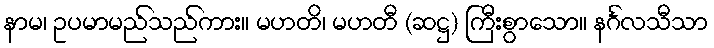
နာမ၊ ဥပမာမည်သည်ကား။ မဟတိ၊ မဟတီ (ဆဋ္ဌ) ကြီးစွာသော။ နင်္ဂလသီသာ